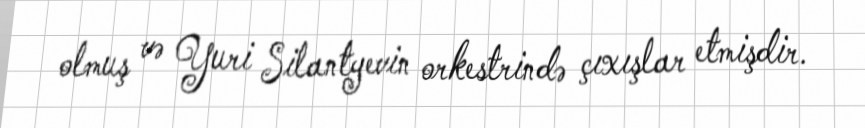
olmuş və Yuri Silantyevin orkestrində çıxışlar etmişdir.